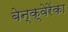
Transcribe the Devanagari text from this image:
बेन्क्वेरेंका